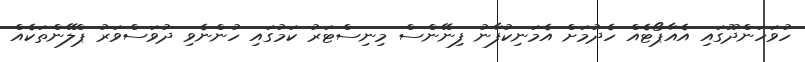
ހުވަހަންދޫގައި އެއާޕޯޓެއް ހެދުމަށް އެމަނިކުފާނު ފިނޭންސް މިނިސްޓަރު ކަމުގައި ހުންނެވި ދުވަސްވަރު ޕްލޭންތަކެއް